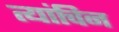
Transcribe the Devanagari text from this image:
त्यांचिन